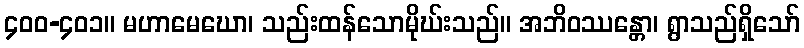
၄၀၀-၄၀၁။ မဟာမေဃော၊ သည်းထန်သောမိုဃ်းသည်။ အဘိဝဿန္တော၊ ရွာသည်ရှိသော်